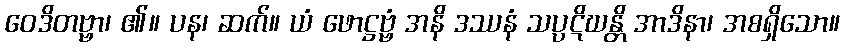
ဝေဒိတဗ္ဗာ၊ ၏။ ပန၊ ဆက်။ ယံ ဖောဋ္ဌဗ္ဗံ အနိ ဒဿနံ သပ္ပဋိဃန္တိ အာဒိနာ၊ အစရှိသော။